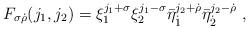
LaTeX: \begin{align*}F_{\sigma\dot\rho}(j_1,j_2)=\xi_1^{j_1+\sigma}\xi_2^{j_1-\sigma}\bar\eta_{\dot1}^{j_2+\dot\rho}\bar\eta_{\dot 2}^{j_2-\dot\rho} \ , \end{align*}